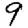
Digit: 9